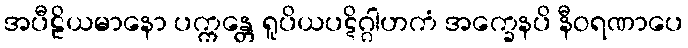
အပီဠိယမာနော ပက္ကန္တေ ရူပိယပဋိဂ္ဂါဟကံ အက္ခေနပိ နီဝရဏာပေ